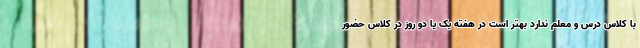
با کلاس درس و معلم ندارد بهتر است در هفته یک یا دو روز در کلاس حضور